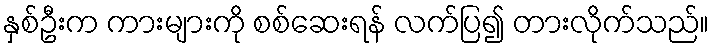
နှစ်ဦးက ကားများကို စစ်ဆေးရန် လက်ပြ၍ တားလိုက်သည်။